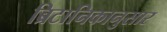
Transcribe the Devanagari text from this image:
ब्रिटानिकानुसार